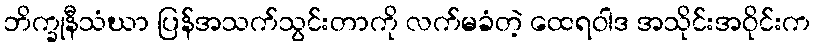
ဘိက္ခုနီသံဃာ ပြန်အသက်သွင်းတာကို လက်မခံတဲ့ ထေရဝါဒ အသိုင်းအဝိုင်းက